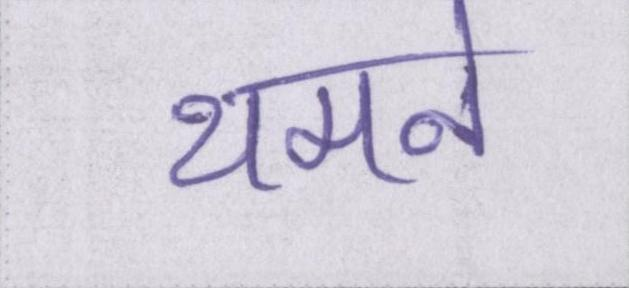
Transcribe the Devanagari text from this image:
थमने